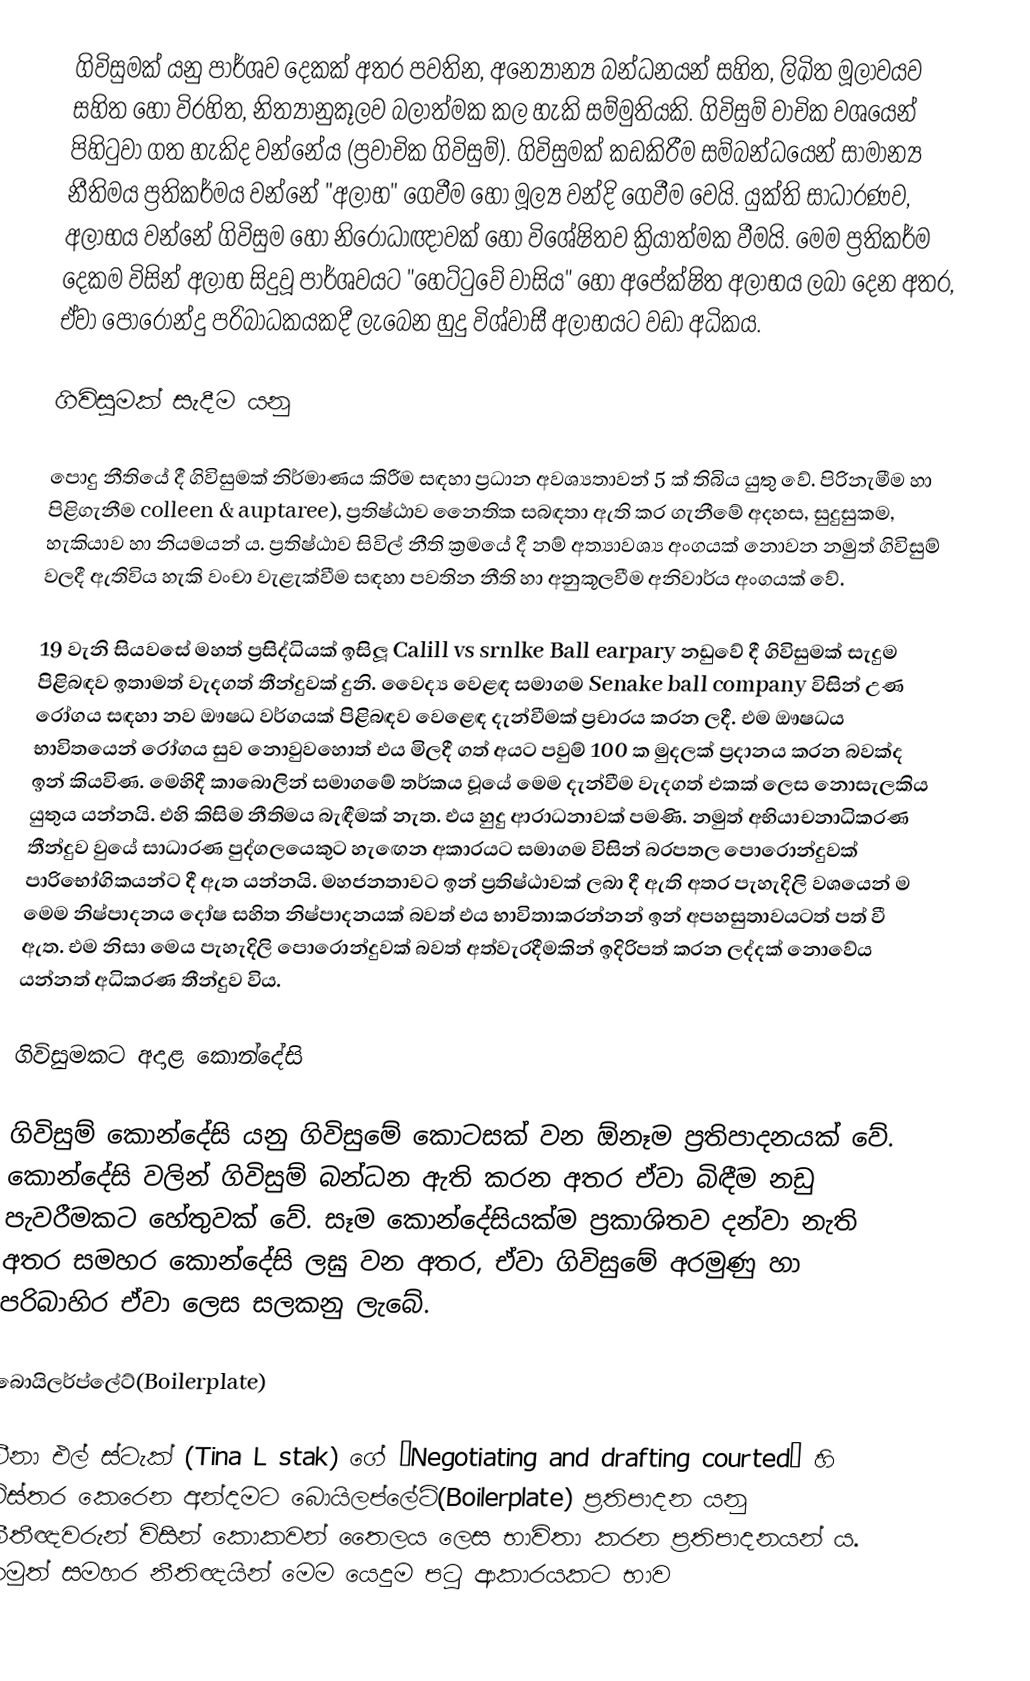
ගිවිසුමක් යනු  පාර්ශව දෙකක් අතර පවතින,   අන්‍යෝන්‍ය බන්ධනයන් සහිත,  ලිඛිත මූලාවයව සහිත හෝ විරහිත, නිත්‍යානුකූලව බලාත්මක කල හැකි සම්මුතියකි. ගිවිසුම් වාචික වශයෙන් පිහිටුවා ගත හැකිද වන්නේය (ප්‍රවාචික ගිවිසුම්). ගිවිසුමක් කඩකිරීම සම්බන්ධයෙන්  සාමාන්‍ය නීතිමය ප්‍රතිකර්මය වන්නේ  "අලාභ" ගෙවීම හෝ මූල්‍ය වන්දි ගෙවීම වෙයි. යුක්ති සාධාරණව, අලාභය වන්නේ ගිවිසුම හෝ නිරෝධාඥාවක් හෝ විශේෂිතව ක්‍රියාත්මක වීමයි. මෙම ප්‍රතිකර්ම දෙකම විසින් අලාභ සිදුවූ පාර්ශවයට  "හෙට්ටුවේ වාසිය" හෝ අපේක්ෂිත අලාභය ලබා දෙන අතර, ඒවා පොරොන්දු පරිබාධකයකදී ලැබෙන හුදු විශ්වාසී අලාභයට වඩා අධිකය.

ගිවිසුමක් සැදීම යනු

පොදු නීතියේ දී ගිවිසුමක් නිර්මාණය කිරීම සඳහා ප්‍රධාන අවශ්‍යතාවන් 5 ක් තිබිය යුතු වේ. පිරිනැමීම හා පිළිගැනීම colleen & auptaree), ප්‍රතිෂ්ඨාව නෛතික සබඳතා ඇති කර ගැනීමේ අදහස, සුදුසුකම, හැකියාව හා නියමයන් ය. ප්‍රතිෂ්ඨාව සිවිල් නීති ක්‍රමයේ දී නම් අත්‍යාවශ්‍ය අංගයක් නොවන නමුත් ගිවිසුම් වලදී ඇතිවිය හැකි වංචා වැළැක්වීම සඳහා පවතින නීති හා අනුකූලවීම අනිවාර්ය අංගයක් වේ.

19 වැනි සියවසේ මහත් ප්‍රසිද්ධියක් ඉසිලූ Calill vs srnlke Ball earpary  නඩුවේ දී ගිවිසුමක් සැදුම පිළිබඳව ඉතාමත් වැදගත් තීන්දුවක් දුනි. වෛද්‍ය වෙළඳ සමාගම Senake ball company විසින් උණ රෝගය සඳහා නව ‍‍‍‍‍‍‍‍‍‍‍‍‍‍‍ඖෂධ වර්ගයක් පිළිබඳව වෙළෙඳ දැන්වීමක් ප්‍රචාරය කරන ලදී. එම ‍‍‍‍‍ඖෂධය භාවිතයෙන් රෝගය සුව නොවුවහොත් එය මිලදී ගත් අයට පවුම් 100 ක මුදලක් ප්‍රදානය කරන බවක්ද ඉන් කියවිණ. මෙහිදී කාබොලින් සමාගමේ තර්කය වූයේ මෙම දැන්වීම වැදගත් එකක් ලෙස නොසැලකිය යුතුය යන්නයි. එහි කිසිම නීතිමය බැඳීමක් නැත. එය හුදු ආරාධනාවක් පමණි. නමුත් අභියාචනාධිකරණ තීන්දුව වුයේ  සාධාරණ පුද්ගලයෙකුට  හැ‍ඟෙන අකාරයට සමාගම විසින් බරපතල පොරොන්දුවක් පාරිභෝගිකයන්ට දී ඇත යන්නයි. මහජනතාවට ඉන් ප්‍රතිෂ්ඨාවක් ලබා දී ඇති අතර පැහැදිලි වශයෙන් ම මෙම නිෂ්පාදනය දෝෂ සහිත නිෂ්පාදනයක් බවත් එය භාවිතාකරන්නන් ඉන් අපහසුතාවයටත් පත් වී ඇත. එම නිසා මෙය පැහැදිලි පොරොන්දුවක් බවත්  අත්වැරදීමකින් ඉදිරිපත් කරන ලද්දක් නොවේය යන්නත් අධිකරණ තීන්දුව විය.

ගිවිසුමකට අදාළ කොන්දේසි

ගිවිසුම් කොන්දේසි යනු ගිවිසුමේ කොටසක් වන ඕනෑම ප්‍රතිපාදනයක් වේ. කොන්දේසි වලින් ගිවිසුම් බන්ධන ඇති කරන අතර ඒවා බිඳීම නඩු පැවරීමකට හේතුවක් වේ. සෑම කොන්දේසියක්ම ප්‍රකාශිතව දන්වා නැති අතර සමහර කොන්දේසි  ලඝු වන අතර, ඒවා ගිවිසුමේ අරමුණු හා පරිබාහිර ඒවා ලෙස සලකනු ලැබේ.

බොයිලර්ප්ලේට්(Boilerplate)

ටීනා එල් ස්ටැක් (Tina L stak) ගේ  ‘Negotiating and drafting courted’ හි විස්තර කෙරෙන අන්දමට  බොයිලප්ලේට්(Boilerplate) ප්‍රතිපාදන යනු නීතීඥවරුන් විසින් කොකවන් තෛලය ලෙස භාවිතා කරන ප්‍රතිපාදනයන් ය. නමුත් සමහර නීතිඥයින් මෙම යෙදුම පටු ආකාරයකට භාව